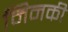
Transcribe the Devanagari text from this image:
मिनकी